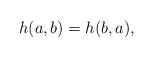
\begin{align*}h(a,b) = h(b,a),\end{align*}